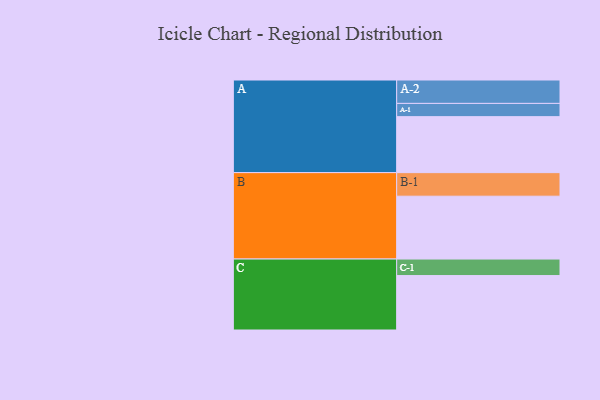
{"axis": {"x": "Segment", "y": "Value"}, "legend": ["", "A", "B", "C"], "data": [{"x": "A", "y": 359, "type": ""}, {"x": "B", "y": 403, "type": ""}, {"x": "C", "y": 349, "type": ""}, {"x": "A-1", "y": 85, "type": "A"}, {"x": "A-2", "y": 150, "type": "A"}, {"x": "B-1", "y": 151, "type": "B"}, {"x": "C-1", "y": 106, "type": "C"}]}